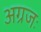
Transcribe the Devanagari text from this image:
अग्रजः